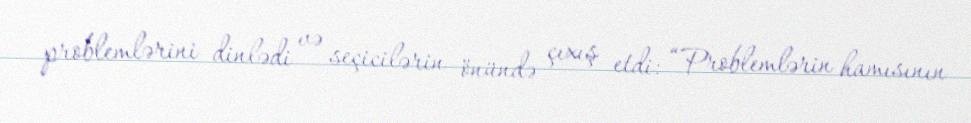
problemlərini dinlədi və seçicilərin önündə çıxış etdi: “Problemlərin hamısının